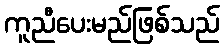
ကူညီပေးမည်ဖြစ်သည်